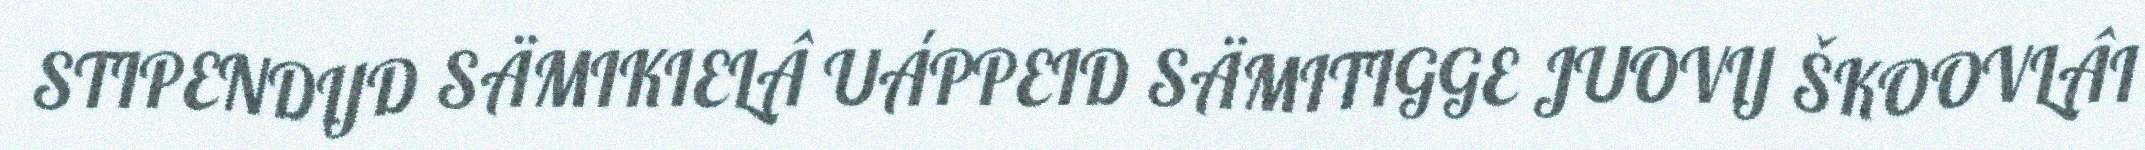
STIPENDIJD SÄMIKIELÂ UÁPPEID SÄMITIGGE JUOVIJ ŠKOOVLÂI